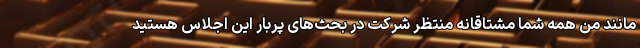
مانند من همه شما مشتاقانه منتظر شرکت در بحث‌های پربار این اجلاس هستید